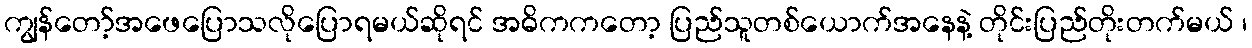
ကျွန်တော့်အဖေပြောသလိုပြောရမယ်ဆိုရင် အဓိကကတော့ ပြည်သူတစ်ယောက်အနေနဲ့ တိုင်းပြည်တိုးတက်မယ် ၊